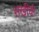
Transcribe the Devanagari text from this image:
सखीची